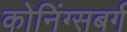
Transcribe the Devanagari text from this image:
कोनिंग्सबर्ग